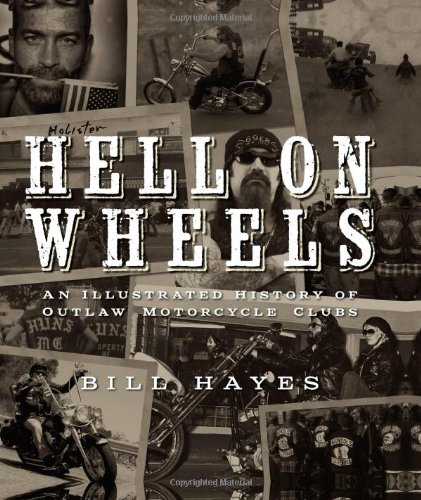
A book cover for Hell on Wheels: An Illustrated History of Outlaw Motorcycle Clubs; Bill Hayes; Arts & Photography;